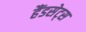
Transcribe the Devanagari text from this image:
हैंडसेट्स